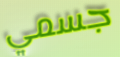
جسمي